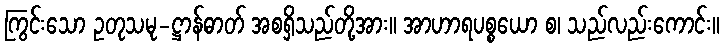
ကြွင်းသော ဥတုသမု-ဋ္ဌာန်ဓာတ် အစရှိသည်တို့အား။ အာဟာရပစ္စယော စ၊ သည်လည်းကောင်း။